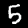
Label: 5